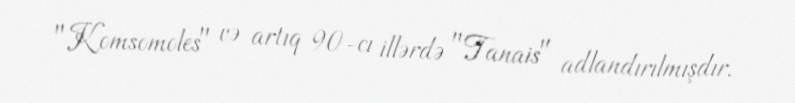
"Komsomoles" və artıq 90-cı illərdə "Tanais" adlandırılmışdır.